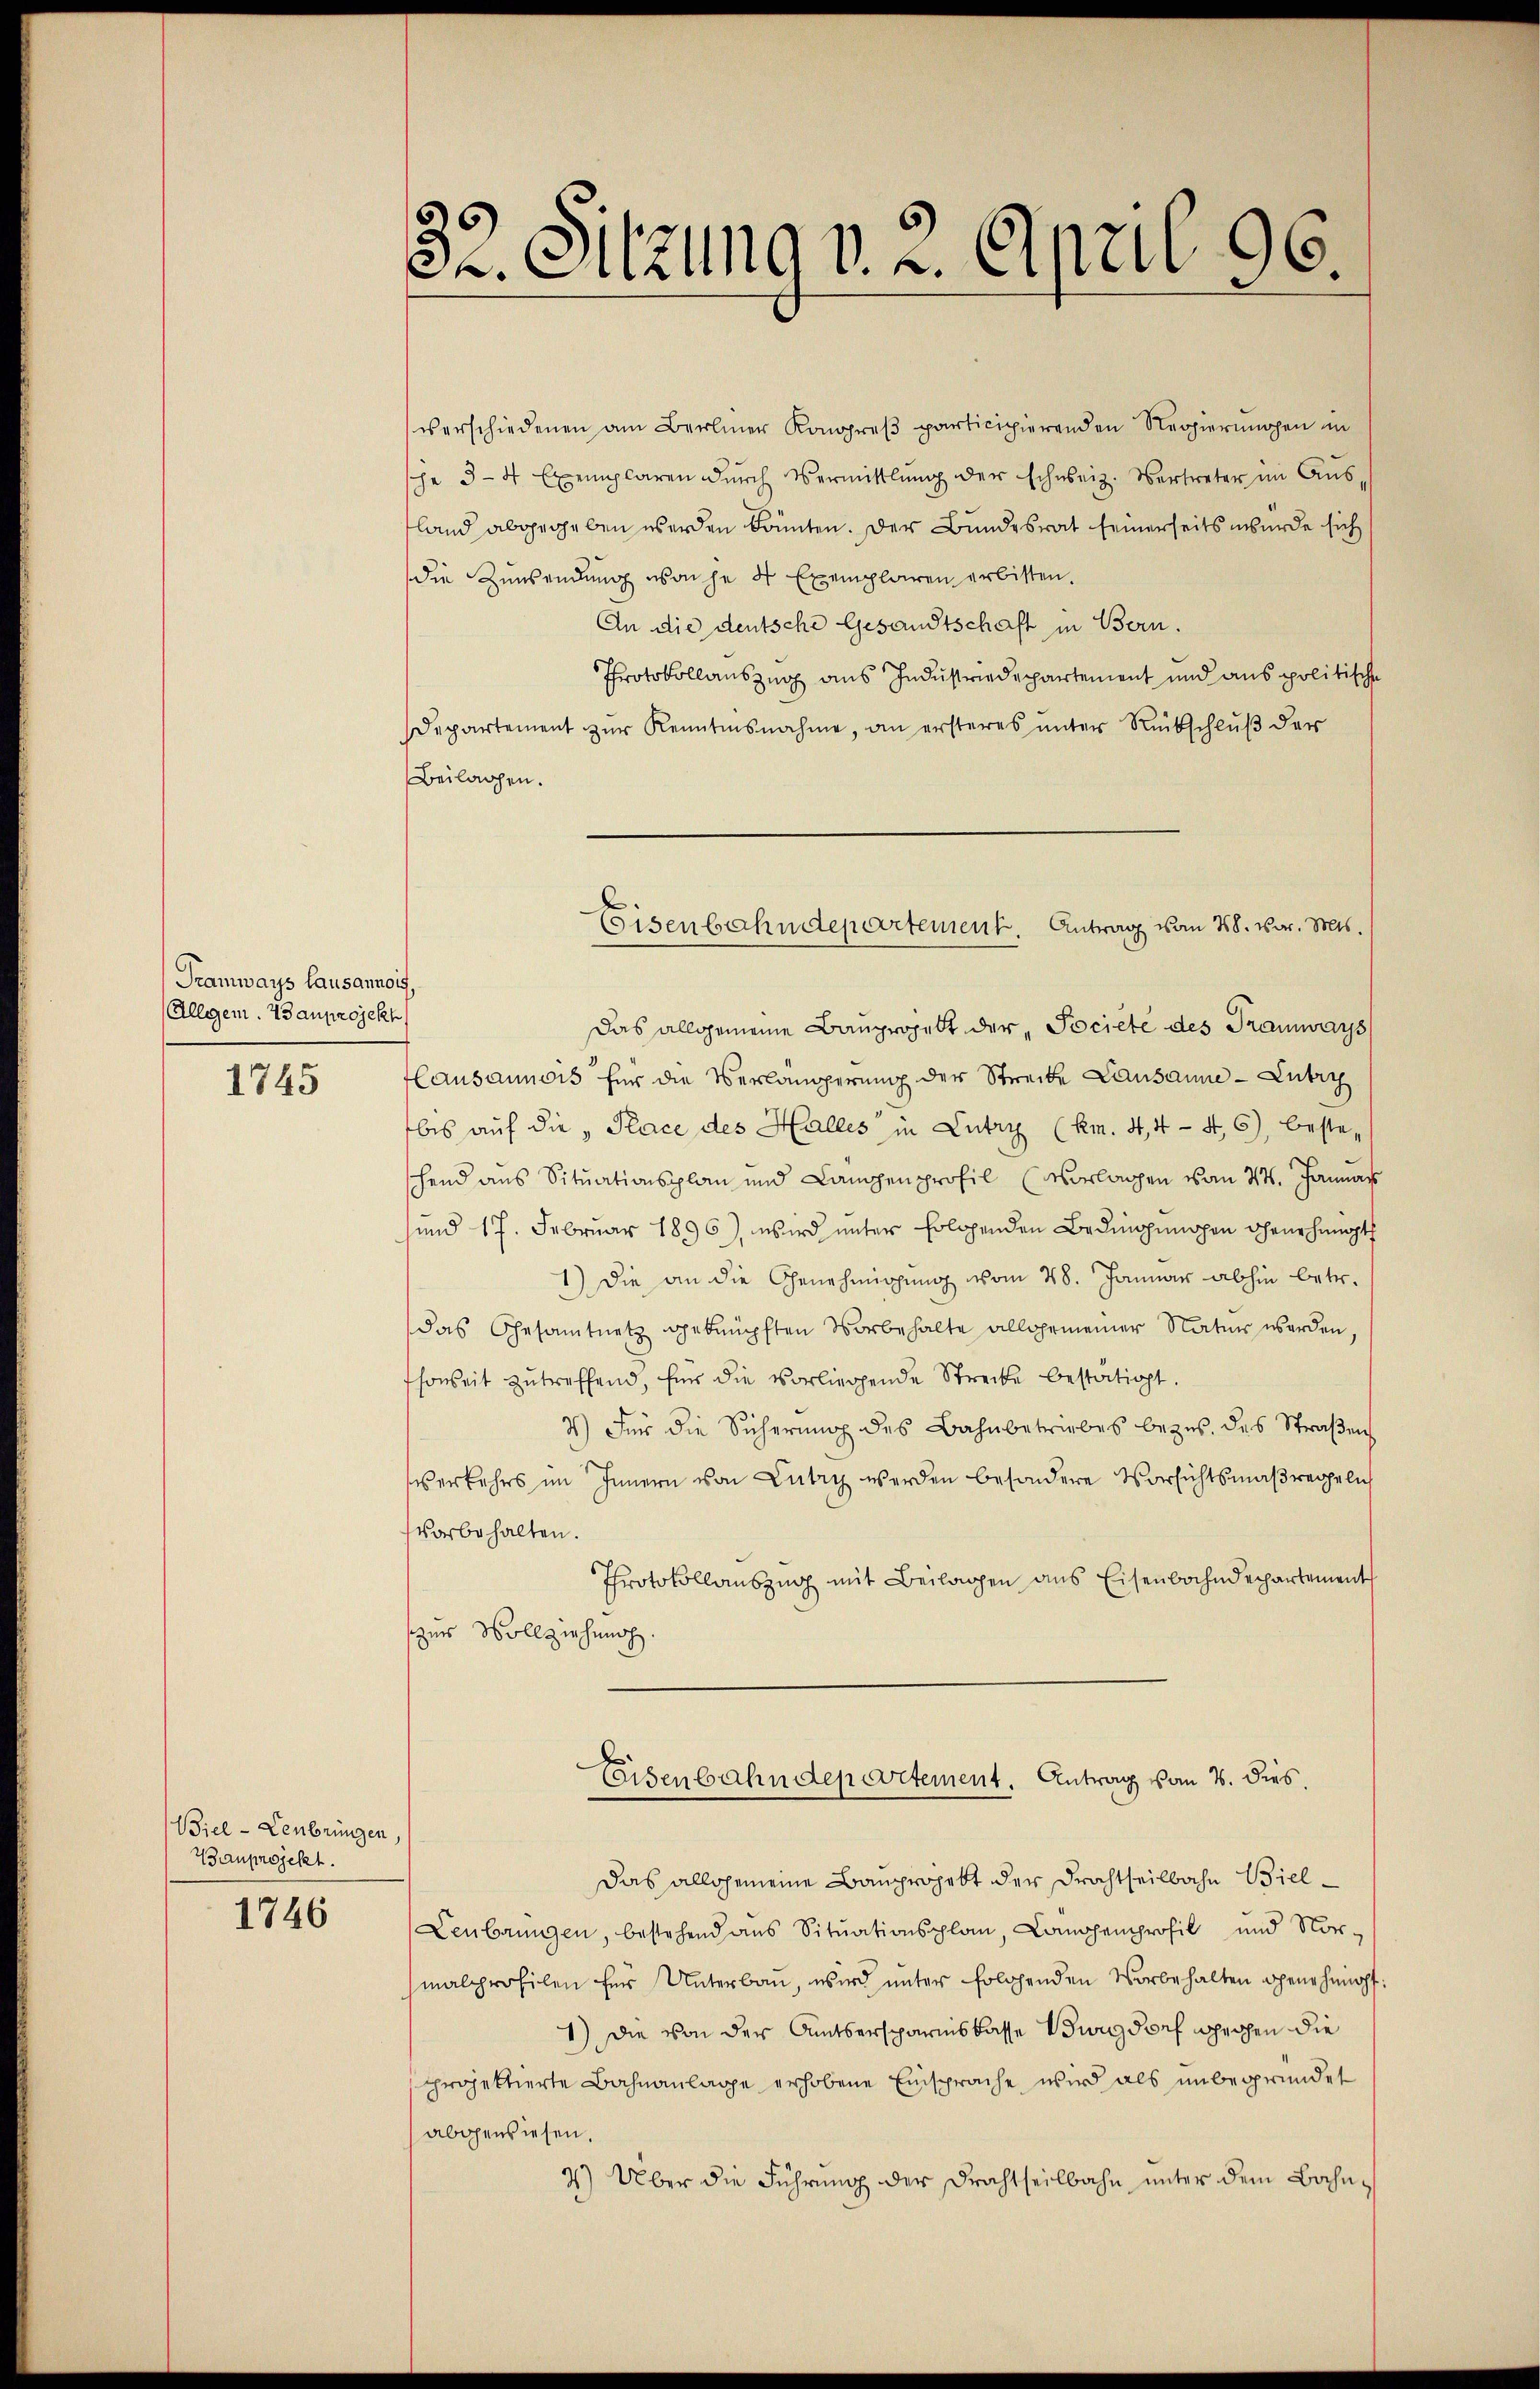
Tramways Lausannois,
(Allgem. 73 auprojekt
1745

Biel -Lenbringen,
Bauprojekt.

1746

32. Sitzung v. 2. April 96.

verschiedenen am Berliner Kongpreβ participierenden Regierŭngen in
she 3-4 Exemplaren dŭrch Vermittlung der schweiz. Vertreter im Aus-
land abgegeben werden könnten. Der Bundesrat seinerseits wurde sich
die Zuwendung wache 4 Exemplaren erbisten.
An die deutsche Gesandtschaft in Bern.
Protokollauszug aus Industriedepartement und aus politische
departement zŭr Kenntnisnahme, an ersteres unter Rückschlŭβ der
Beilagen.
Das allgemeine Bauprojekt der „Jociete des Tramways
Causanners für die Verlängerung der Streite Lausanne - Lutry
bis auf die Place des Halles in Lutry (Rm. 4, 4 - 46), beste-
schend aus Situationsplan und Lampenprofil (Vorlagen vom 24. Januar
sind 17. Februar 1896) wird unter Erlösenden Bedingungen ohnehinopt
1.) Die an die Genehmigung vom 28. Januar abhin betr.
das Gesamtnetz geknüpften Vorbehalte allgemeiner Natur werden,
soweit zutreffend, für die vorliegende Strecke bestätigt.
3.) Für die Sicherŭng des Bahnbetriebes bezŭs. des Straβen
Verkehrs im Innern von Lutry werden besondere Vorsichtsmaßregeln
vorbehalten.
Protokollauszug mit Beilagen ans Eisenbahndepartement
zur Vollziehung.
eisenbahndepartement. Antrag vom 2. dies
das allgemeine Bauprojekt der Frachtheilbahn Biel¬
Leubrungen, bestehend aus Sitŭationsplan, Lauphenprofil und Nor-
malprofilen für Unterbau, wird ŭnter folgenden Vorbehalten genehmigt:
1) Die von der Amtsersparniskasse Burgdorf gechen die
projektierte Bahnanlage erhobene Einsprache wird als unbegründet
abgewiesen.
2) Über die Führung der Frachtheilbahn unter dem Bahn¬

Eisenbahndepartement. Antrag vom 28. Mar. Mts.